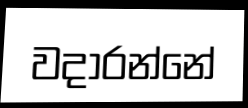
වදාරන්නේ